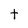
Character: t